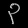
Digit: ၃